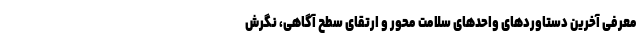
معرفی آخرین دستاوردهای واحدهای سلامت محور و ارتقای سطح آگاهی، نگرش